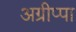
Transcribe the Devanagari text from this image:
अग्रीप्पा